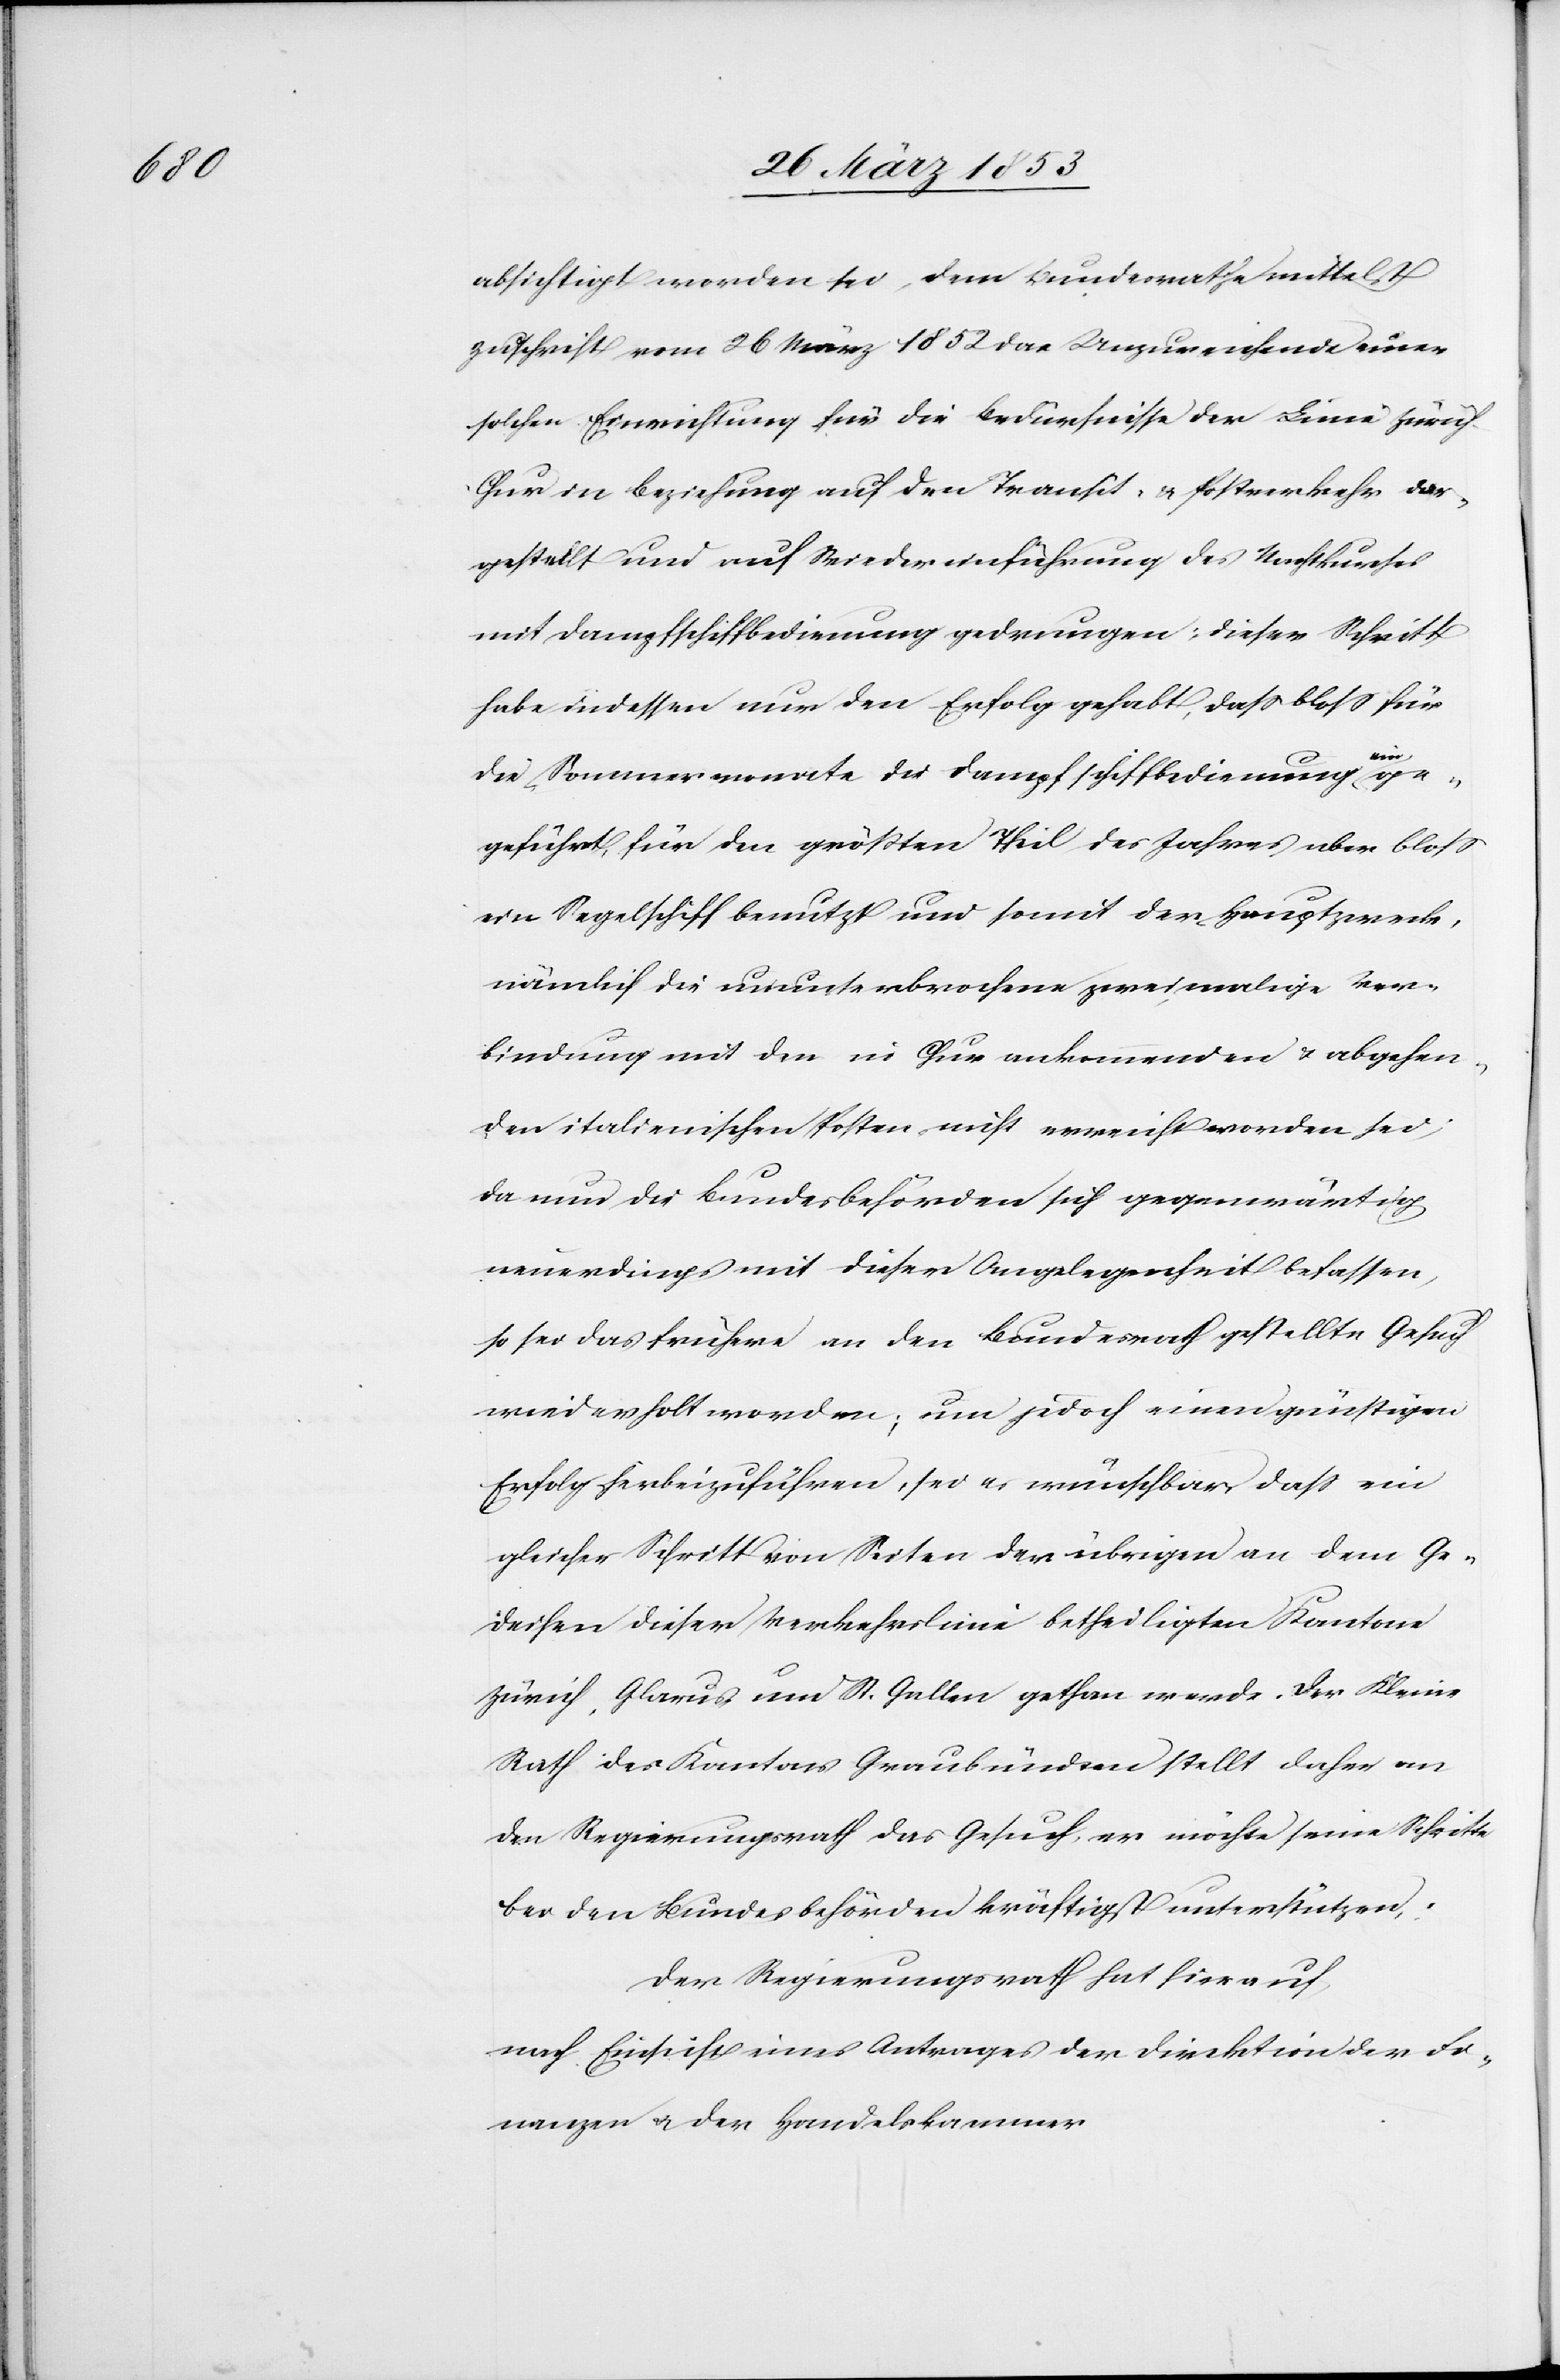
absichtigt worden sei, dem Bundesrathe mittelst
Zuschrift vom 26 März 1852 das Unzureichende einer
solchen Einrichtung für die Bedürfnisse der Linie Züric¬
h-Chur in Beziehung auf den Transit- u. Postverkehr dar¬
gestellt und auf Wiedereinführung des Nachtkurses
mit Dampfschiffbedienung gedrungen; dieser Schritt
habe indessen nur den Erfolg gehabt, daß bloß für
der
die Sommermonate die Dampfschiffbedienung ein¬
geführt, für den größten Theil des Jahres aber bloß
ein Segelschiff benutzt und somit der Hauptzweck,
nämlich die ununterbrochene zweimalige Ver¬
bindung mit den in Chur ankommenden u. abgehen¬
den italienischen Posten nicht erreicht worden sei;
da nun die Bundesbehörden sich gegenwärtig
neuerdings mit dieser Angelegenheit befassen,
so sei das früher an den Bundesrath gestellte Gesuch
wiederholt worden; um jedoch einen günstigen
Erfolg herbeizuführen, sei es wünschbar, daß ein
gleicher Schritt von Seiten der übrigen an dem Ge¬
deihen dieser Verkehrslinie betheiligten Kantone
Zürich, Glarus und St. Gallen gethan werde. Der Kleine
Rath des Kantons Graubündten stellt daher an
den Regierungsrath das Gesuch, er möchte seine Schritte
bei den Bundesbehörden kräftigst unterstützen.
Der Regierungsrath hat hierauf,
nach Einsicht eines Antrages der Direktion der Fi¬